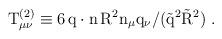
LaTeX: \begin{align*}\rm T_{\mu\nu}^{(2)} \equiv 6\,q\cdot n\,R^2 n_\mu q_\nu / (\vec{q}^2 \vec{R}^2 )~.\end{align*}